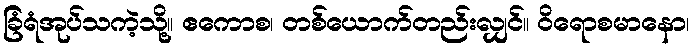
ခြံရံအုပ်သကဲ့သို့။ ဧကောစ၊ တစ်ယောက်တည်းလျှင်။ ဝိရောစမာနော၊